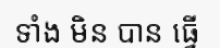
ទាំង មិន បាន ធ្វើ